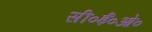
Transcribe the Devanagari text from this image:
सी०ई०ओ०